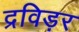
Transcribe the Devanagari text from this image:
द्रविड़र